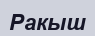
Ракыш